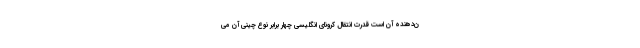
ن‌دهنده آن است قدرت انتقال کرونای انگلیسی چهار برابر نوع چینی آن می